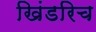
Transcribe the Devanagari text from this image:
खिंडरिच